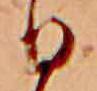
日